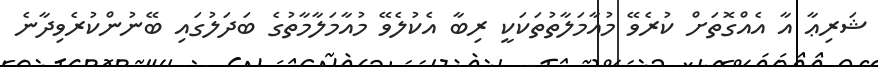
ޝަރިޢާ އާ އެއްގޮތަށް ކުރެވޭ މުއާމަލާތުތަކަކީ ރިބާ އެކުލެވޭ މުއާމަލާމާތުގެ ބަދަލުގައި ބޭނުންކުރެވިދާނެ